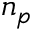
n _ { p }